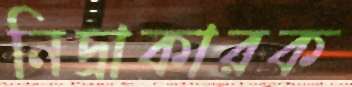
নিদ্রাকারক